Civil Veterinary Dept. Bombay admin report 1907-1913 - 1907-1913
Year: 1907
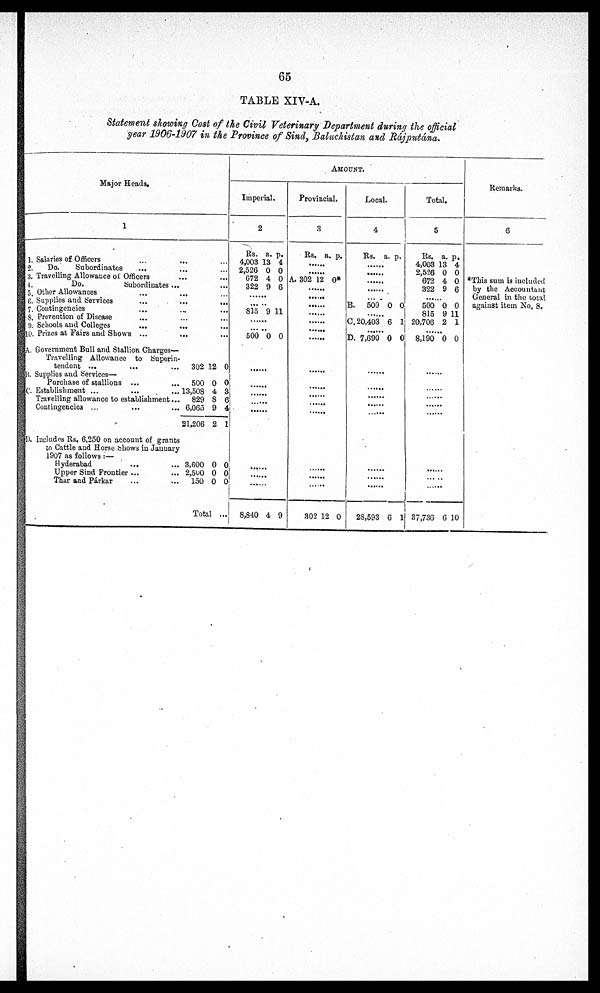
65
TABLE XIV-A.
Statement showing Cost of the Civil Veterinary Department during the official
year 1906-1907 in the Province of Sind, Baluchistan and Rájputána.
Major Heads.
1
1. Salaries of Officers ... ... ...
2.
Do.
Subordinates
... ...
3. Travelling Allowance of Officers ... ...
4
Do.
Subordinates ... ...
5 Other Allowances ... ... ...
6. Supplies and Services
...
...
...
7. Contingencies
8. Prevention of Disease
9. Schools and Colleges
...
10. Prizes at Fairs and Shows ...
...
A. Government Bull and Stallion Charges—
Travelling Allowance to Superin-
tendent ...
...
... 302 12 0
B. Supplies and Services—
Purchase of stallions ...
... 500 0 0
C. Establishment ...
...
... 13,508 4 3
Travelling allowance to establishment ... 829 8 6
Contingencies ...
...
... 6,065 9 4
21,206 2 1
D. Includes Rs. 6,250 on account of grants
to Cattle and Horse Shows in January
1907 as follows :—
Hyderabad
...
... 3,600 0 0
Upper Sind Frontier ...
... 2,500 0 0
Thar and Párkar
...
... 150 0 0
Total ...
AMOUNT.
Imperial.
2
Rs. a. p.
4,003 13 4
2,526 0 0
672 4 0
322 9 6
......
815 9 11
... ...
500 0 0
......
......
......
......
......
... ...
......
8,840 4 9
Provincial.
3
Rs. a. p.
......
......
A. 302 12 0*
......
......
......
......
......
......
......
......
......
......
......
......
......
......
......
302 12 0
Local.
4
Rs. a. p.
......
......
......
......
......
B. 600 0 0
C. 20,403 6 1
D. 7,690 0 0
......
......
......
.......
......
......
......
......
28,593 6 1
Total.
5
Rs. a. p.
4,003 13 4
2,526 0 0
672 4 0
322 9 6
......
500 0 0
815 9 11
20,706 2 1
8,190 0 0
......
......
......
......
......
......
......
37,736 6 10
Remarks.
6
*This sum is included
by the Accountant
General in the total
against item No. 8.